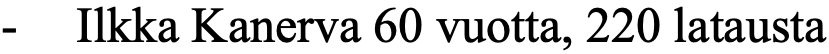
- Ilkka Kanerva 60 vuotta, 220 latausta